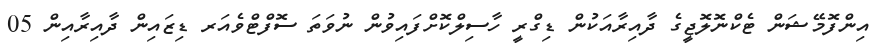
އިންފޮމޭޝަން ޓެކްނޮލޮޖީގެ ދާއިރާއަކުން ޑިގްރީ ހާސިލްކޮށްފައިވުން ނުވަތަ ސޮފްޓްވެއަރ ޑިޒައިން ދާއިރާއިން 05